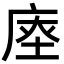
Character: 𢉉